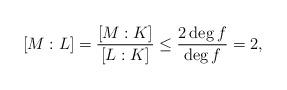
LaTeX: \begin{align*}[M:L]= \frac{[M:K]}{[L:K]}\leq \frac{2\deg f}{\deg f}=2,\end{align*}